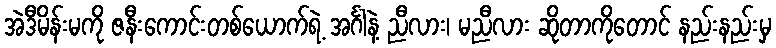
အဲဒီမိန်းမကို ဇနီးကောင်းတစ်ယောက်ရဲ့ အင်္ဂါနဲ့ ညီလား၊ မညီလား ဆိုတာကိုတောင် နည်းနည်းမှ